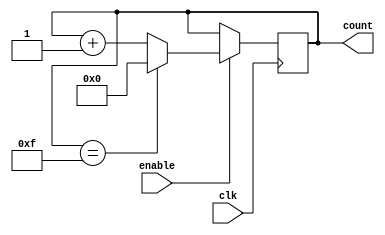
module binary_up_counter_enable(
    input wire clk,   // Clock input
    input wire enable,  // Enable signal input
    output reg [3:0] count  // 4-bit counter output
);

always @(posedge clk) begin
    if(enable) begin
        if(count == 4'b1111) begin
            count <= 4'b0000;  // Reset counter to 0 when it reaches max count value
        end
        else begin
            count <= count + 1;  // Increment counter
        end
    end
end

endmodule